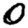
Digit: 0